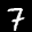
Label: 7